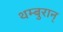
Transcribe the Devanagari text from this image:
थम्बुरान्